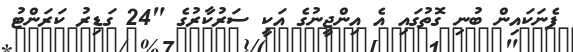
ފެނަކައިން ބުނި ގޮތުގައި އެ އިންޖީނުގެ އަކީ ސަރުކާރުގެ "24 ގަޑިިރު ކަރަންޓު